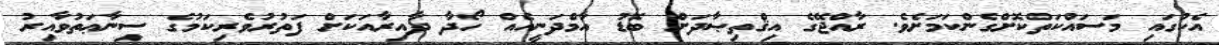
އެކުގައި މަސައްކަތްކޮށްގެންކަމަށެވެ. ރާއްޖޭގެ އިޤްތިޞާދަށް ބޮޑު އާމްދަނީއެއް ހޯދާ ދާއިރާއަކަށް ފަތުރުވެރިކަމުގެ ސިނާޢަތުވާއިރު